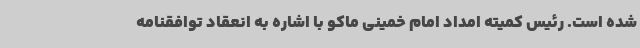
شده است. رئیس کمیته امداد امام خمینی ماکو با اشاره به انعقاد توافقنامه